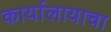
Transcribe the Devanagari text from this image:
कार्यालायाचा